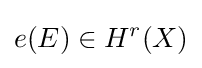
e(E)\in H^{r}(X)